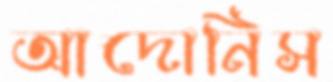
আদোনিস